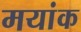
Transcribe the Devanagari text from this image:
मयांक